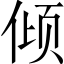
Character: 倾